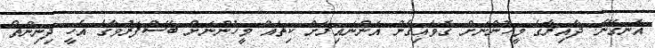
އެނގޭނެ. ދާއިރާގެ މީހުންނަށް ގޮވައިގެން އަންނައިރަށް ކިތައް މީހުންނަށް ބޭސްފަރުވާގެ އެހީ ދިނިންތޯ